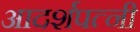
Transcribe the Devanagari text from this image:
आदर्शपत्नी